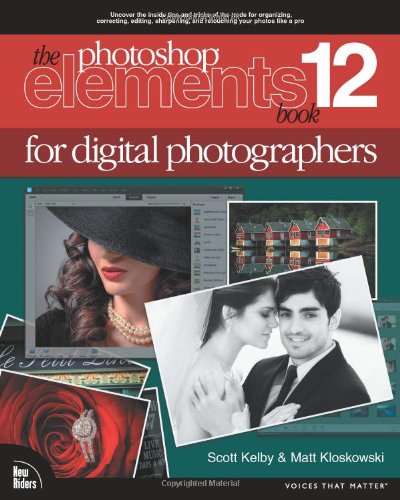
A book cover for The Photoshop Elements 12 Book for Digital Photographers (Voices That Matter); Scott Kelby; Computers & Technology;